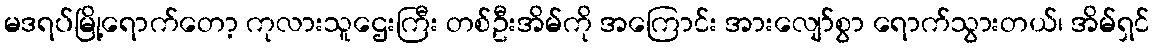
မဒရပ်မြို့ရောက်တော့ ကုလားသူဌေးကြီး တစ်ဦးအိမ်ကို အကြောင်း အားလျော်စွာ ရောက်သွားတယ်၊ အိမ်ရှင်